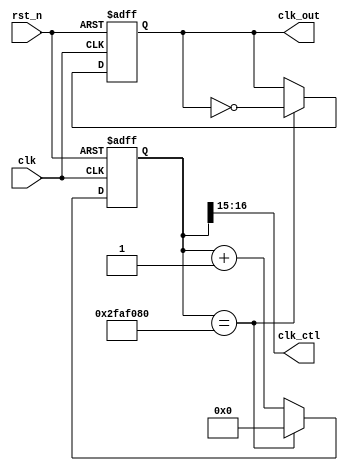
`timescale 1ns / 1ps
//////////////////////////////////////////////////////////////////////////////////
// Company: 
// Engineer: 
// 
// Design Name: 
// Module Name: freq_div_1hz
// Project Name: 
// Target Devices: 
// Tool Versions: 
// Description: 
// 
// Dependencies: 
// 
// Revision:
// Revision 0.01 - File Created
// Additional Comments:
// 
//////////////////////////////////////////////////////////////////////////////////


module freq_div_1hz(
    output reg clk_out,
    output [1:0] clk_ctl,
    input clk,
    input rst_n
    );
    
    reg [25:0] cnt;
    reg [25:0] cnt_temp;
    
    assign clk_ctl = {cnt[16], cnt[15]};
        
    always @*
        cnt_temp = cnt + 1;
        
    always @(posedge clk or negedge rst_n)
    begin
        if(rst_n == 0)
        begin   
            cnt <= 26'd0;
            clk_out <= 0;
        end
        else if(cnt == 26'd50000000)
        begin
            cnt <= 26'd0;
            clk_out <= ~ clk_out;
        end
        else
            cnt <= cnt_temp;
    end
    
endmodule